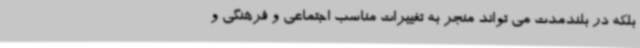
بلکه در بلندمدت می تواند منجر به تغییرات مناسب اجتماعی و فرهنگی و